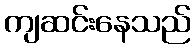
ကျဆင်းနေသည်